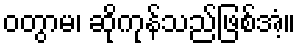
ဝတွာမ၊ ဆိုကုန်သည်ဖြစ်အံ့။